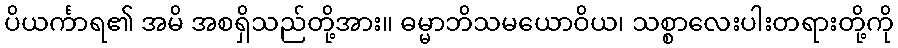
ပိယင်္ကာရ၏ အမိ အစရှိသည်တို့အား။ ဓမ္မာဘိသမယောဝိယ၊ သစ္စာလေးပါးတရားတို့ကို